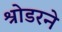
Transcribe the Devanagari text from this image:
श्रोडरने